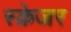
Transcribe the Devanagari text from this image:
स्क्रेजर